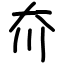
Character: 夼